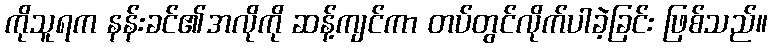
ကိုသူရက နန်းခင်၏အလိုကို ဆန့်ကျင်ကာ တပ်တွင်လိုက်ပါခဲ့ခြင်း ဖြစ်သည်။